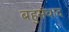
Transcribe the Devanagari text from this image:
बहुसंवाद